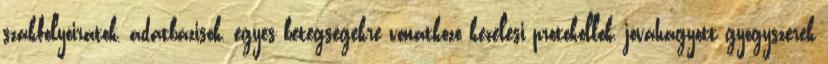
szakfolyóiratok, adatbázisok, egyes betegségekre vonatkozó kezelési protokollok, jóváhagyott gyógyszerek